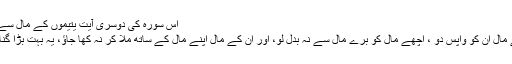
اس سورہ کی دوسری آیت یتیموں کے مال سے متعلق ھے
“یتیموں کے مال اُن کو واپس دو ، اچھے مال کو برے مال سے نہ بدل لو، اور اُن کے مال اپنے مال کے ساتھ ملا کر نہ کھا جاؤ، یہ بہت بڑا گناہ ہے” 4/2۔